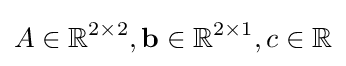
A\in \mathbb {R} ^{2\times 2},{\textbf {b}}\in \mathbb {R} ^{2\times 1},c\in \mathbb {R}